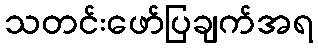
သတင်းဖော်ပြချက်အရ